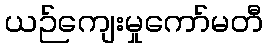
ယဉ်ကျေးမှုကော်မတီ